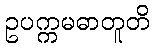
ဥပက္ကမဓာတူတိ